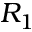
R _ { 1 }